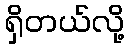
ရှိတယ်လို့